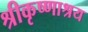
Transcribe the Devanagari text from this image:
श्रीकृष्णाश्रय